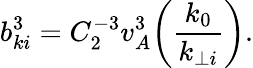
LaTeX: b_{ki}^{3}=C_{2}^{-3}v_{A}^{3}\bigg(\frac{k_{0}}{k_{\perp i}}\bigg).